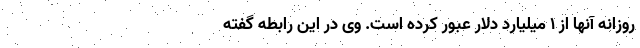
روزانه آنها از ۱ میلیارد دلار عبور کرده است. وی در این رابطه گفته